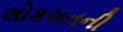
લોકમતની